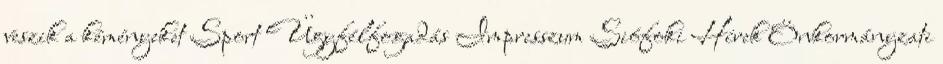
veszik a kéményeket Sport Ügyfélfogadás Impresszum Siófoki Hírek Önkormányzati